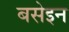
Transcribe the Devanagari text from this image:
बसेइन